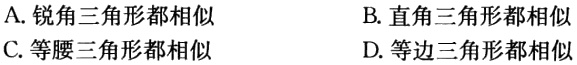
A. 锐角三角形都相似
B. 直角三角形都相似
C. 等腰三角形都相似
D. 等边三角形都相似